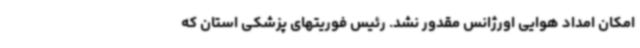
امکان امداد هوایی اورژانس مقدور نشد. رئیس فوریتهای پزشکی استان که